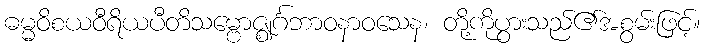
ဓမ္မဝိစယဝီရိယပီတိသမ္ဗောဇ္ဈင်္ဂဘာဝနာဝသေန၊ တို့ကိုပွားသည်၏အစွမ်းဖြင့်။